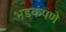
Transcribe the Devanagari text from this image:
भडकपणे